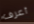
أعرف